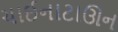
ચાઈનાટાઊન